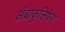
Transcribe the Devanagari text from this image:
अंब्राकुलिफेरा